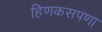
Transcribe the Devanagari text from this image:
हिणकसपणा